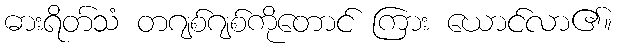
ဓားရိတ်သံ တဂျစ်ဂျစ်ကိုတောင် ကြား ယောင်လာ၏။